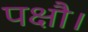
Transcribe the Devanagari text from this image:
पक्षौ।